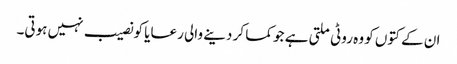
ان کے کتوں کو وہ روٹی ملتی ہے جو کما کر دینے والی رعایا کو نصیب نہیں ہوتی۔